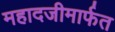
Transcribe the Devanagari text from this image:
महादजीमार्फत